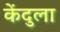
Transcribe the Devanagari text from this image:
केंदुला